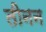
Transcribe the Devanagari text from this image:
तीनन